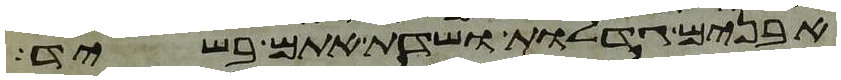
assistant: אבנים גדלות ושדת אתם בשיד